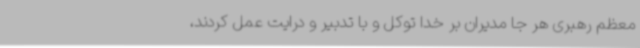
معظم رهبری هر جا مدیران بر خدا توکل و با تدبیر و درایت عمل کردند،